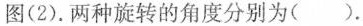
图(2). 两种旋转的角度分别为( ). (